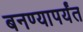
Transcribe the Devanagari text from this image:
बनण्यापर्यंत